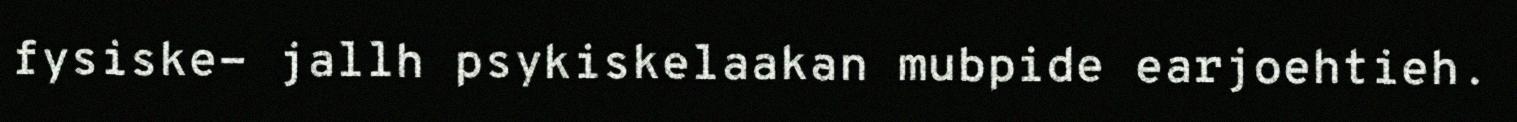
fysiske- jallh psykiskelaakan mubpide earjoehtieh.